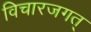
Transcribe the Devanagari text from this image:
विचारजगत्‌